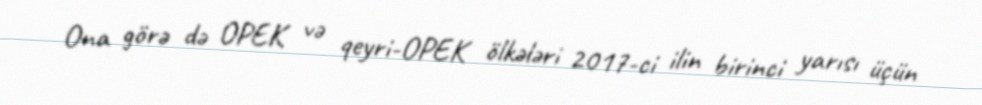
Ona görə də OPEK və qeyri-OPEK ölkələri 2017-ci ilin birinci yarısı üçün